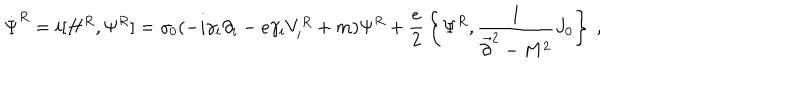
\dot { \Psi } ^ { R } = i [ H ^ { R } , \Psi ^ { R } ] = \gamma _ { 0 } ( - i \gamma _ { i } \partial _ { i } - e \gamma _ { i } V _ { i } ^ { R } + m ) \Psi ^ { R } + { \frac { e } { 2 } } \left\{ \Psi ^ { R } , { \frac { 1 } { \vec { \partial } ^ { 2 } - M ^ { 2 } } } J _ { 0 } \right\} ~ ,